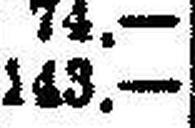
143.—